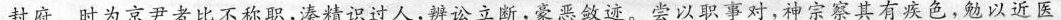
封府。时为京尹者比不称职，漆精识过人，辨讼立断，豪恶敛迹。尝以职事对，神宗察其有疾色，勉以近医